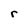
Character: r